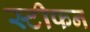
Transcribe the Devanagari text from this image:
स्टीफन